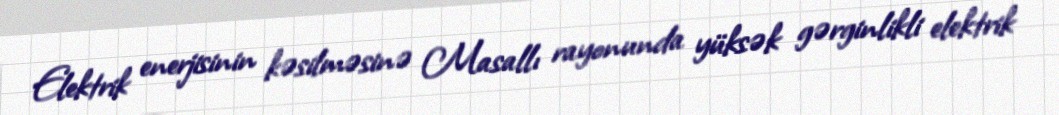
Elektrik enerjisinin kəsilməsinə Masallı rayonunda yüksək gərginlikli elektrik